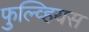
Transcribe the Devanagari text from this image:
फुल्व्हियस